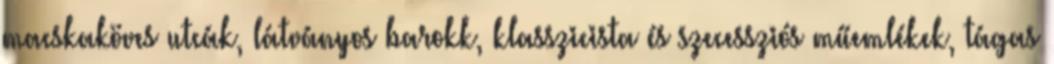
macskaköves utcák, látványos barokk, klasszicista és szecessziós műemlékek, tágas